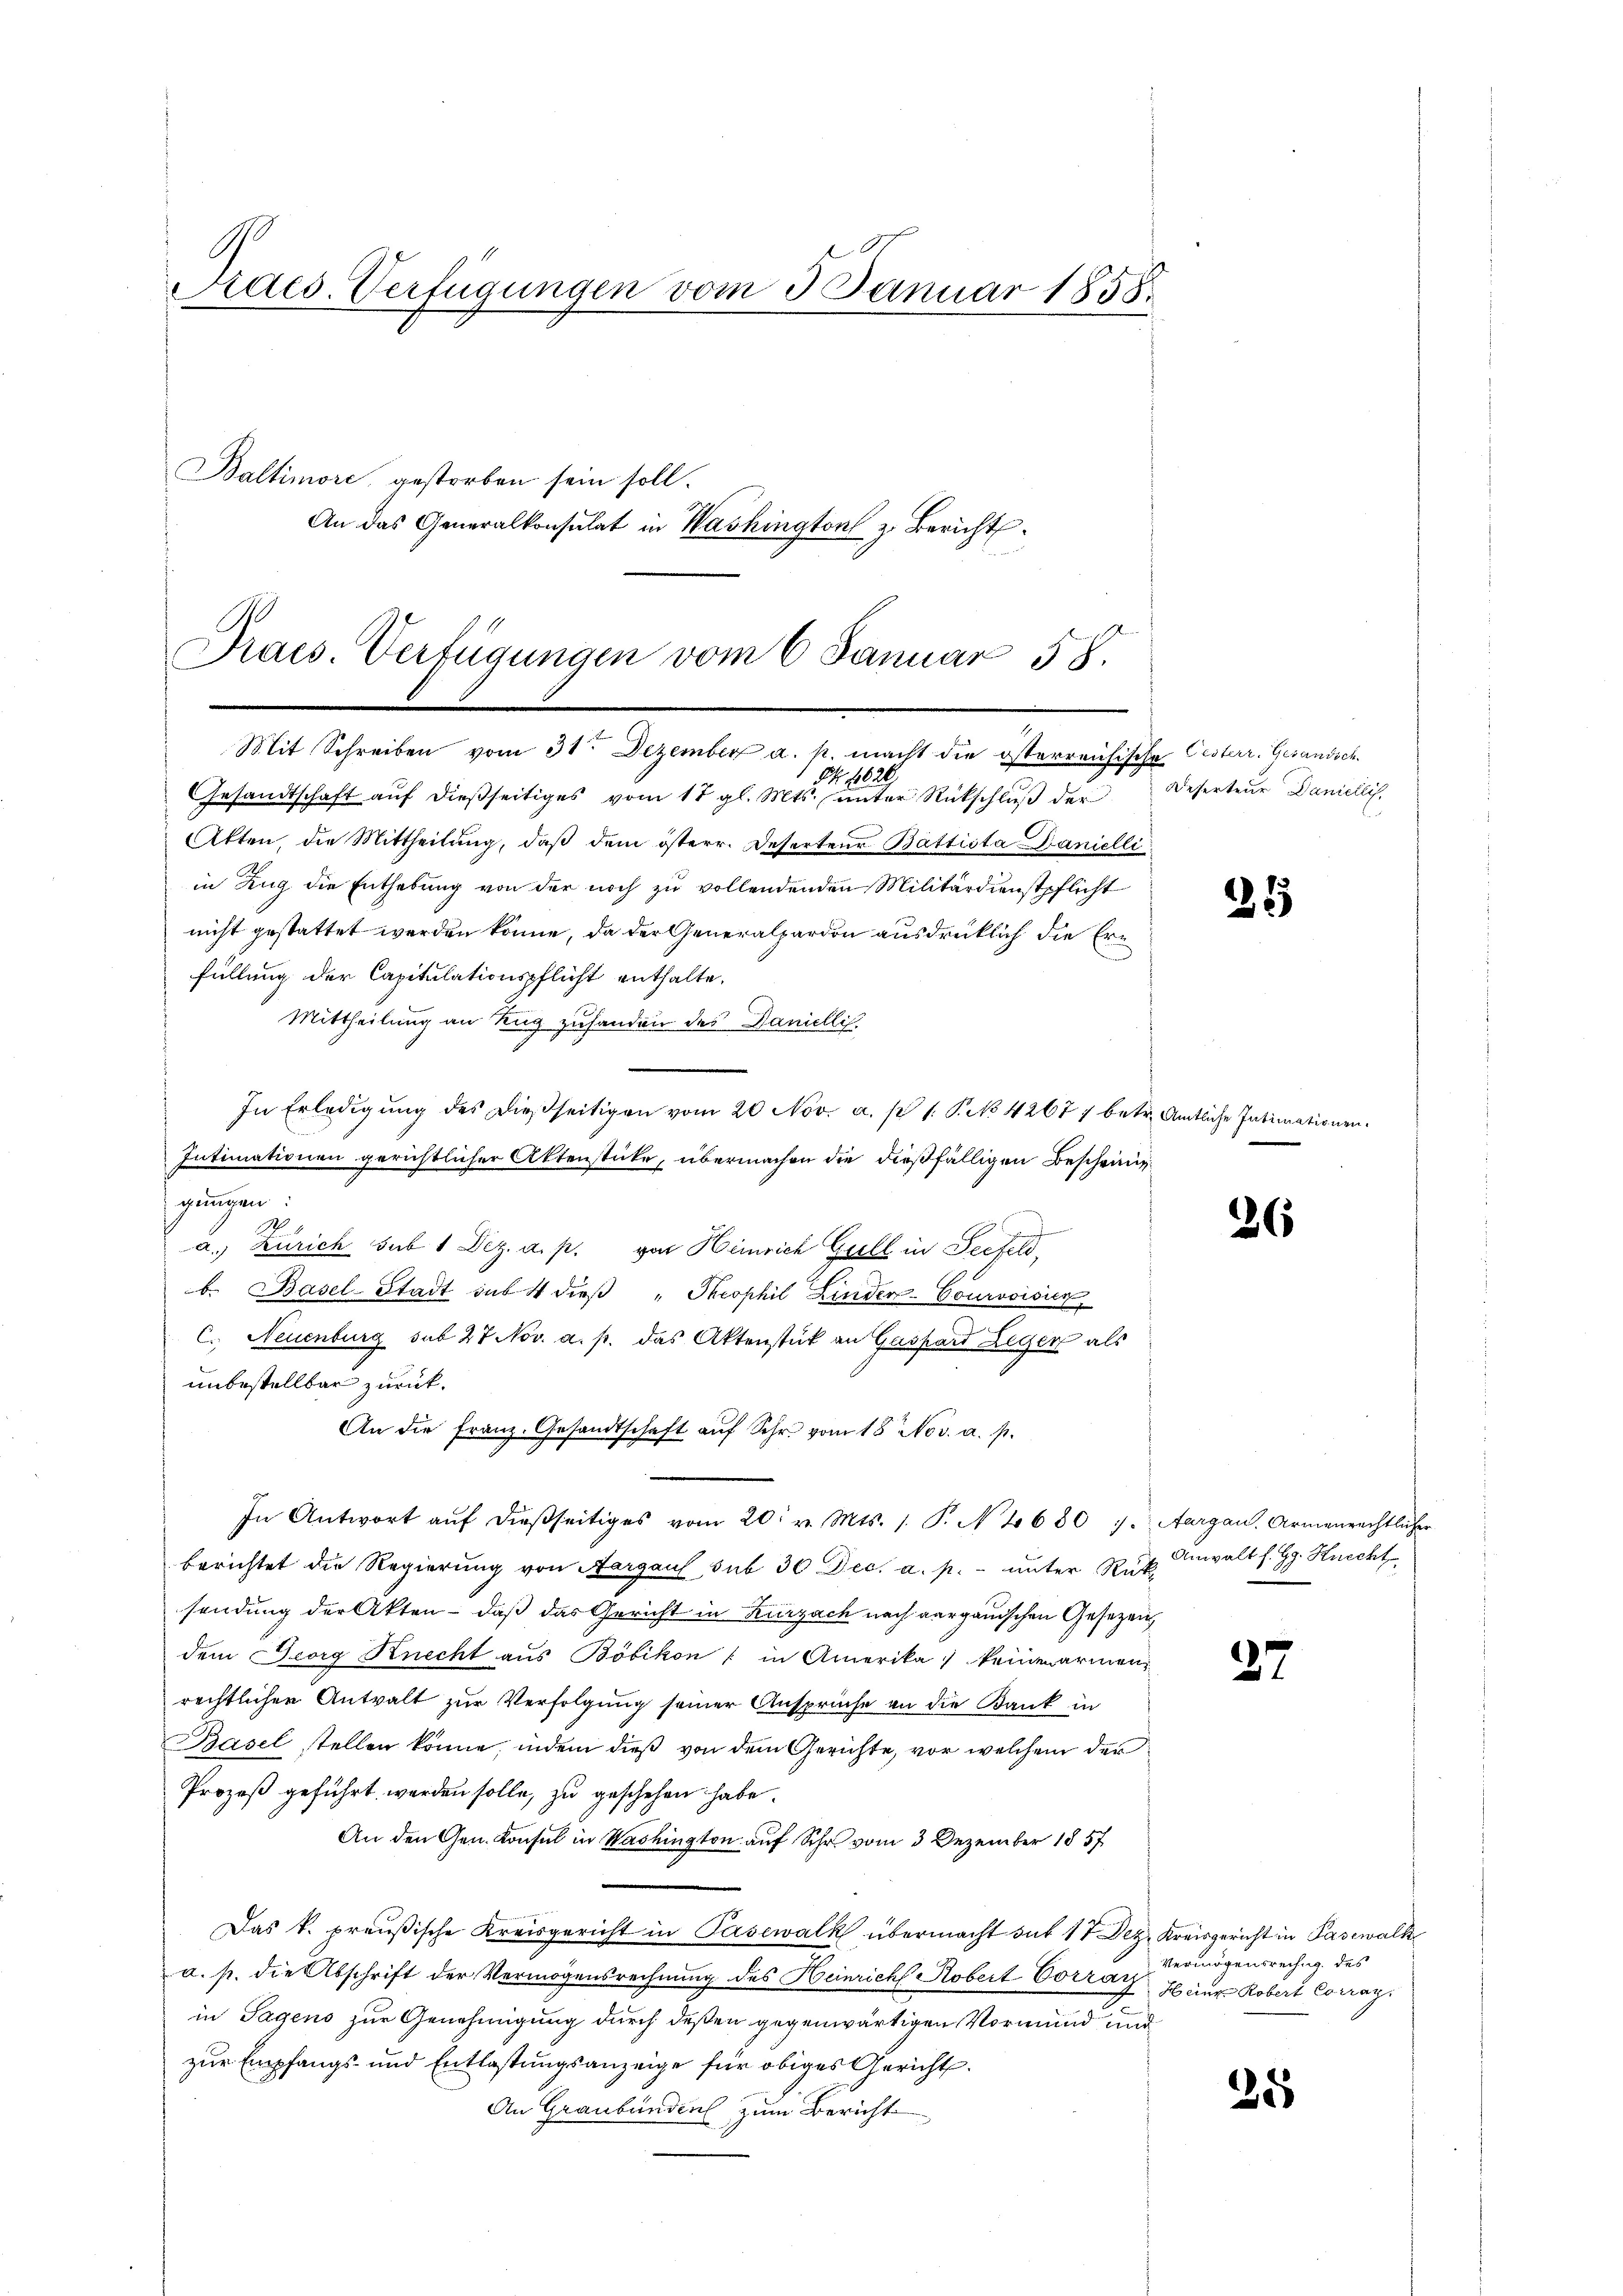
Praes. Verfügungen vom 3. Januar 1858.

Baltimore, gestorben sein soll.
An das Generalkonsulat in Washington z. Bericht

.
Praes. Verfügungen vom 6 Januar 58.
Mit Schreiben vom 31ten Dezember a. p. macht die österreichische Oesterr. Gesandsch

B 4626
Gesandtschaft auf dießseitiges vom 17 gl. Mts. unter Rückschluß der
C
Atten, die Mittheilŭng, daβ dem österr. Deserteur Battista Danielli
in Zug die Enthebung von der noch zu vollendenden Militärdienstpflicht
nicht gestattet werden könne, da der Generalpardon ausdrücklich die Erfüllung der Capitulationspflicht enthalte,
Mittheilung an Kuz zufanden des Daniellis.
In Erledigŭng des dießseitigen vom 20 Nov. a. p. 1. P. 42677 betr. Amtliche Intimationen
Intimationen gerichtlicher Aktenstücke, übermachen die dießfälligen Bescheiniggungen:
a. Zürich sub 1 Dez. a. p. von Heinrich Grill in Seefeld,
b. Basel-Stadt sub 4 dieß „Theophil Linder-Courvoisier
C. Neuenburg sub 27 Nov. a. p. das Aktenstück an Gaspard Leger als
unbestellbar zurück.
An die Franz. Gesandtschaft auf Sehr vom 18. Nov. a. p.
In Antwort aŭf dießseitiges vom 20. v. Mts. 1. P. N 1680 7. Aargau, Armenrechtlicher
berichtet die Regierung von Aargau sub 30 Dec. a. p. unter Rücksendung der Akten - daß das Gericht in Kurzach nach aargauischen Gesezen
dem Georg Knecht aus Böbikon : in Amerika keine armenrechtlichen Antralt zur Verfolgung seiner Ansprüche an die Bank in
Basel stellen könne, indem dieß von dem Gerichte, vor welchem der
Prozeß geführt werden solle, zu geschehen habe.
An den Gen. Konsul in Washington auf Schr. vom 3. Dezember 1857
Das k. preußische Kreisgericht in Pasewalk übermacht sub 17 Dez. Kreisgericht in Pasewalk
a. p. die Abschrift der Vermögensrechnung des Heinrich Kobert Vorran seine Robert Corrag
in Tagens zur Genehmigung durch deßen gegenwärtigen Vormund und
zur Empfangs- und Entlastungsanzeige für obiges Gericht.
An Graubünden zum Bericht

Deserteur Daniellis,

25

26

Anwalt s. G. Knecht

27

Vermögensrechng des

25